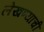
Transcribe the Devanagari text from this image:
लेखण्याची